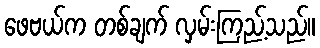
ဖေဗယ်က တစ်ချက် လှမ်းကြည့်သည်။